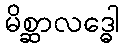
မိစ္ဆာလဒ္ဓေါ